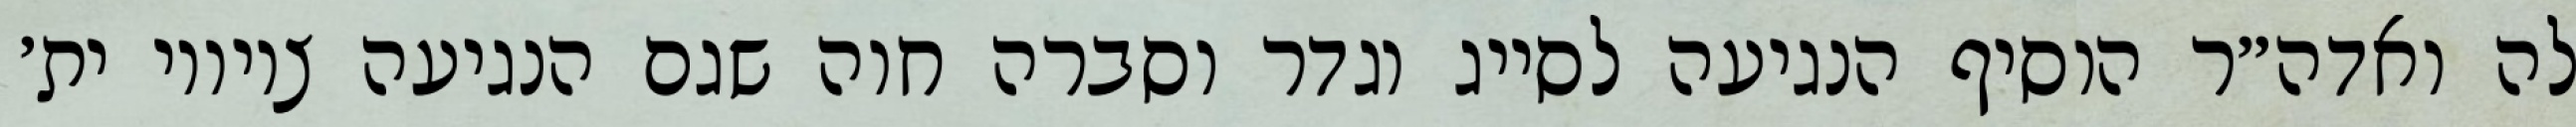
לה ואדה״ר הוסיף הנגיעה לסייג וגדר וסברה חוה שגם הנגיעה ציוויו ית׳